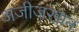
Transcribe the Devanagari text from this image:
अजीजखान